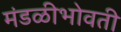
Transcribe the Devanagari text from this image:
मंडळीभोवती